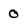
Character: 0